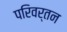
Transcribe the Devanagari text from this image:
परिवर्तन